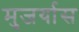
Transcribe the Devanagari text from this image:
मुजर्यास